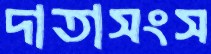
দাতাসংস